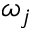
\omega _ { j }